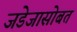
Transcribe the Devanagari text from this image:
जडेजासोबत